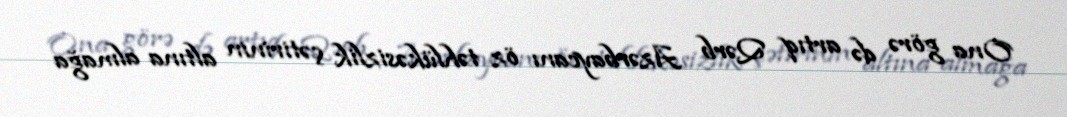
Ona görə də artıq Qərb Azərbaycanı öz təhlükəsizlik çətirinin altına almağa